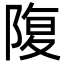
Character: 䧗